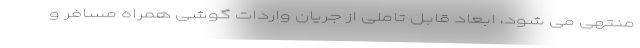
منتهی می شود، ابعاد قابل تاملی از جریان واردات گوشی همراه مسافر و